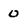
Character: 0